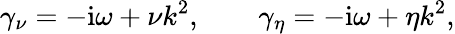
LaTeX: \gamma_{\nu}=-\mathrm{i}\omega+\nu k^{2},\qquad\gamma_{\eta}=-\mathrm{i}\omega+\eta k^{2},